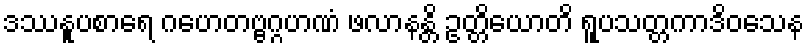
ဒဿနူပစာရေ ဂဟေတဗ္ဗဂ္ဂဟဏံ ဖလာနန္တိ ဥတ္တိယောတိ ရူပသတ္တကာဒိဝသေန